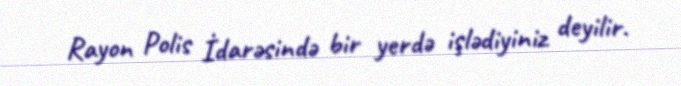
Rayon Polis İdarəsində bir yerdə işlədiyiniz deyilir.